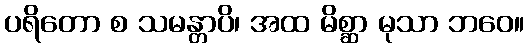
ပရိတော စ သမန္တာပိ၊ အထ မိစ္ဆာ မုသာ ဘဝေ။